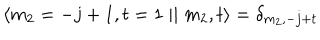
\langle m _ { 2 } = - j + 1 , t = 1 \mid \mid m _ { 2 } , t \rangle = \delta _ { m _ { 2 } , - j + t }